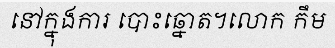
នៅក្នុងការ បោះឆ្នោត។លោក កឹម